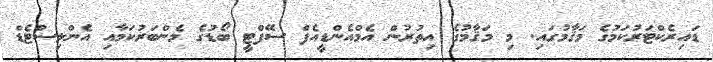
ޑައިރެކްޓަރުކަމުގެ މަޤާމުގައި. މި މަޤާމުގެ އިތުރުން އެމްއެންޑީއެފް ސޭފްޓީ ބޯޑުގެ މެންބަރުކަމާއި އެންލިސްޓެޑް